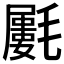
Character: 𣰝